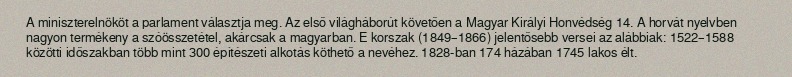
A miniszterelnököt a parlament választja meg. Az első világháborút követően a Magyar Királyi Honvédség 14. A horvát nyelvben nagyon termékeny a szóösszetétel, akárcsak a magyarban. E korszak (1849–1866) jelentősebb versei az alábbiak: 1522–1588 közötti időszakban több mint 300 építészeti alkotás köthető a nevéhez. 1828-ban 174 házában 1745 lakos élt.